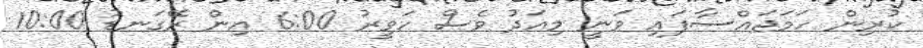
ކުރިން ހަމަޖައްސާފައި ވަނީ މިއަދު ވެސް ހަވީރު 6:00 އިން ރޭގަނޑު 10:00